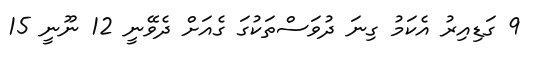
9 ގަޑިއިރު އެކަމު ގިނަ ދުވަސްތަކުގަ ގެއަށް ދެވޭނީ 12 ނޫނީ 15